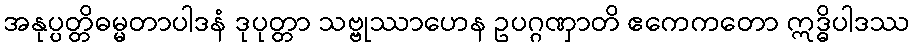
အနုပ္ပတ္တိဓမ္မတာပါဒနံ ဒုပုတ္တာ သဗ္ဗုဿာဟေန ဥပဂ္ဂဏှာတိ ဧကေကတော ဣဒ္ဓိပါဒဿ